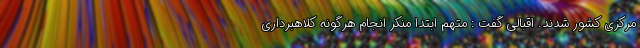
مرکزی کشور شدند. اقبالی گفت : متهم ابتدا منکر انجام هرگونه کلاهبرداری